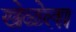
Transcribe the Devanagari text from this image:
खेळेला